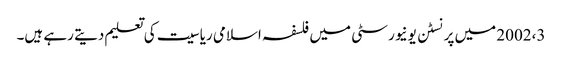
2002،3 میں پرنسٹن یونیورسٹی میں فلسفہ اسلامی ریاسیت کی تعلیم دیتے رہے ہیں۔